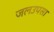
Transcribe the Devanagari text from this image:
जलउपसा